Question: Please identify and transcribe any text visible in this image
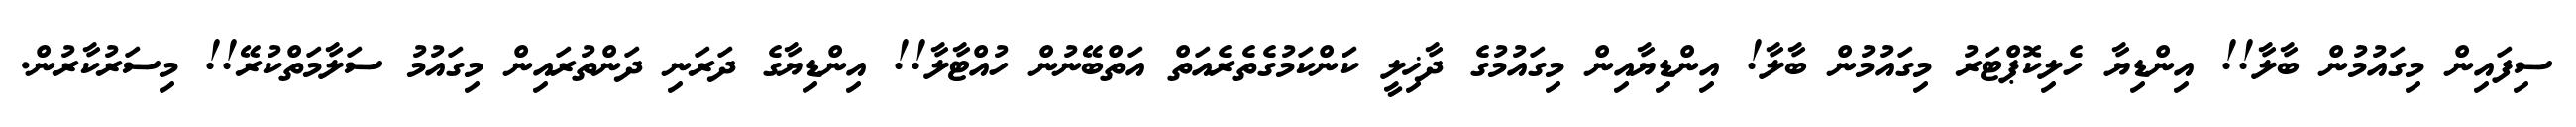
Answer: ސިފައިން މިގައުމުން ބާލާ!! އިންޑިޔާ ހެލިކޮޕްޓަރު މިގައުމުން ބާލާ! އިންޑިޔާއިން މިގައުމުގެ ދާޚިލީ ކަންކަމުގެތެރެއަތް އަތްބޭނުން ހުއްޓާލާ!! އިންޑިޔާގެ ދަރަނި ދަންތުރައިން މިގައުމު ސަލާމަތްކުރޭ!! މިސަރުކާރުން.